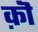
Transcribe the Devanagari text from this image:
क़ॊ